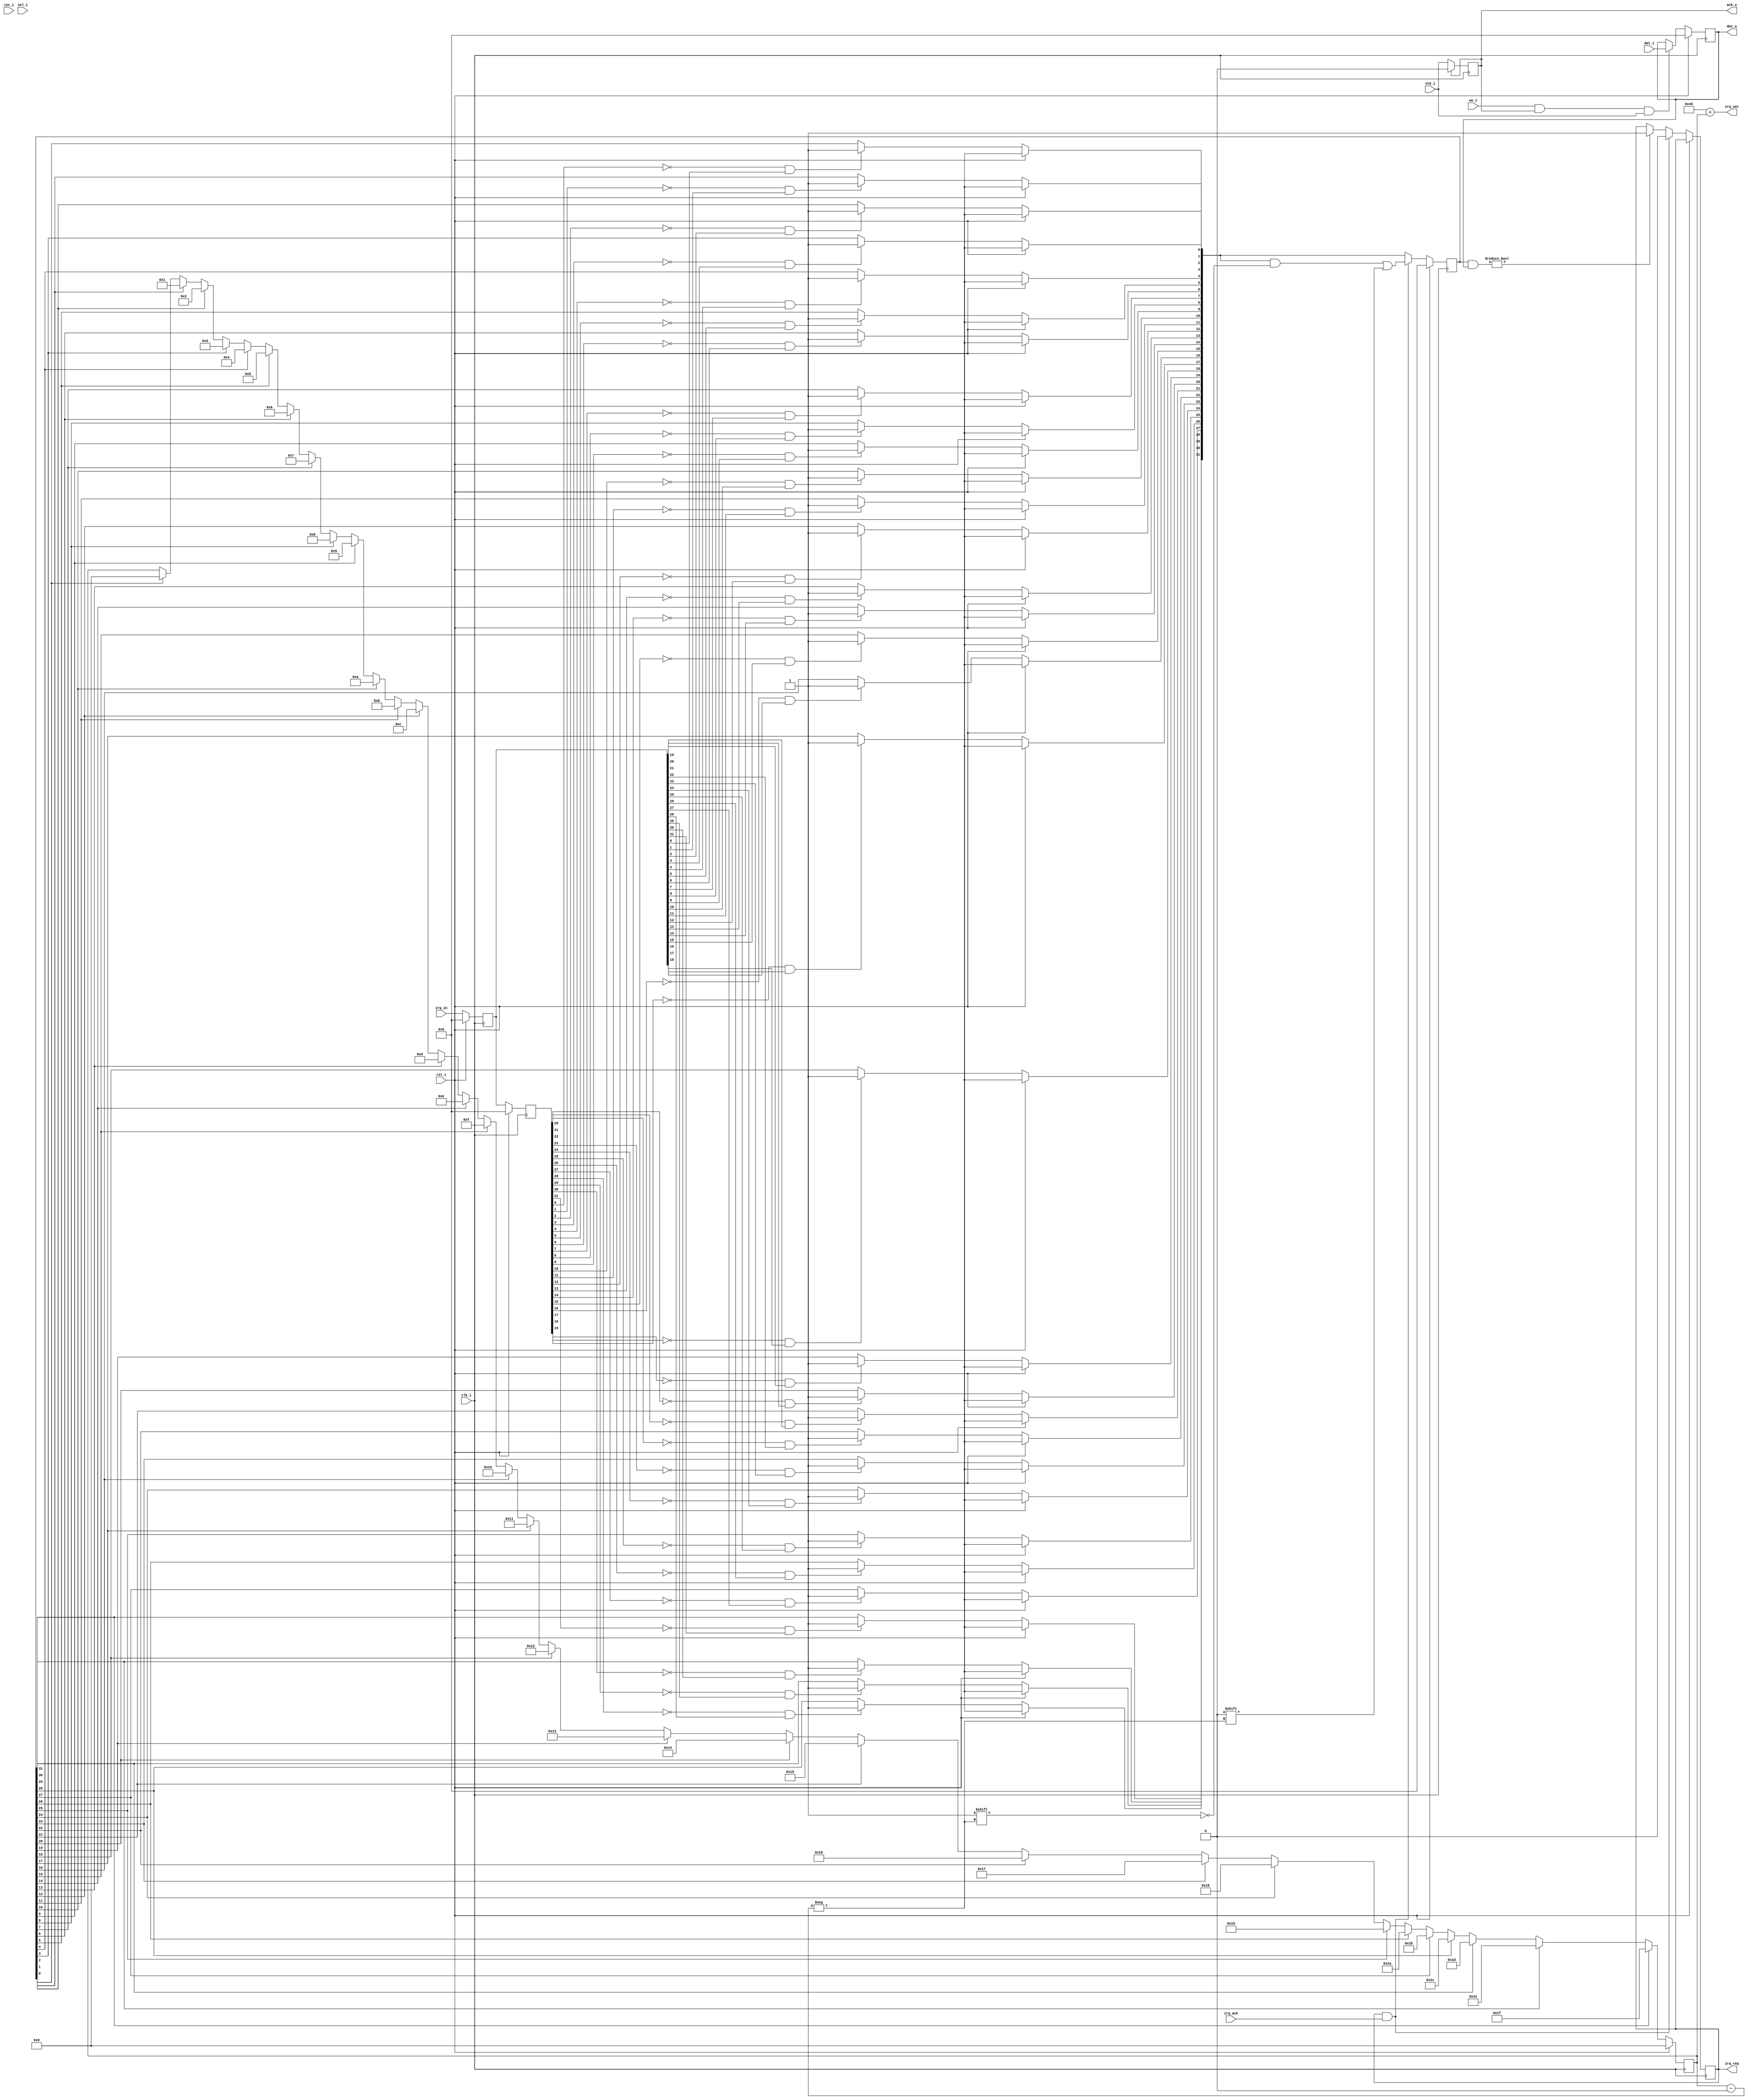
module irqc (clk_i, rst_i, cyc_i, stb_i, we_i, dat_i, sel_i, ack_o, dat_o, irq_in, irq_req, irq_vec, irq_ack);

localparam DW = 32;
localparam COLS = DW/8;
localparam IRQ_BASE = 8'd64;

parameter IW = 32;
parameter CW = $clog2(IW);

input clk_i;
input rst_i;

input cyc_i;
input stb_i;

input we_i;

input [DW-1:0] dat_i;
input [COLS-1:0] sel_i;

output [DW-1:0] dat_o;
output reg ack_o;

input [IW-1:0] irq_in;
output reg irq_req;
output [7:0] irq_vec;
input irq_ack;

reg [IW-1:0] irq_d   = {(IW){1'b0}};
reg [IW-1:0] irq_dd  = {(IW){1'b0}};
reg [IW-1:0] irq_i   = {(IW){1'b0}};
reg [IW-1:0] irq_ctl = {(DW){1'b0}};

reg [CW-1:0] irq_num = {(CW){1'b0}};

wire [IW-1:0] irq_masked = irq_i & irq_ctl;

assign irq_vec = IRQ_BASE + irq_num;
assign dat_o = irq_ctl;

always @(posedge clk_i)
	ack_o <= (ack_o) ? 1'b0 : stb_i;

integer i;

always @(posedge clk_i) begin
	if (rst_i) begin
		irq_i   <= {(IW){1'b0}};
		irq_d   <= {(IW){1'b0}};
		irq_dd  <= {(IW){1'b0}};
		irq_ctl <= {(IW){1'b0}};
		irq_num <= {(IW){1'b0}};
	end else begin
		irq_d  <= irq_in;
		irq_dd <= irq_d;

		if(we_i & ack_o & stb_i) begin
			irq_ctl <= dat_i;
		end

		for(i = 0; i < IW; i = i+1)
			if((irq_dd[i] == 1'b0) && (irq_d[i] == 1'b1))
				irq_i[i] <= 1'b1;

		for(i = 0; i < IW; i = i+1)
			if(irq_i[i])
				irq_num <= i;

		irq_req <= (irq_masked != {(IW){1'b0}}) ? 1'b1 : irq_req;

		if(irq_req & irq_ack) begin
			irq_i[irq_num] <= 1'b0;
			irq_req <= 1'b0;
		end
	end
end

endmodule